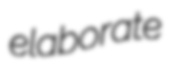
elaborate